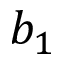
b _ { 1 }